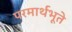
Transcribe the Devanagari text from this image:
परमार्थभूते